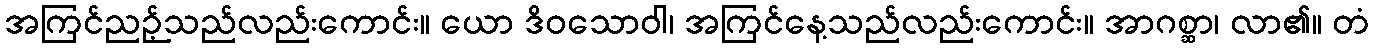
အကြင်ညဉ့်သည်လည်းကောင်း။ ယော ဒိဝသောဝါ၊ အကြင်နေ့သည်လည်းကောင်း။ အာဂစ္ဆာ၊ လာ၏။ တံ